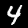
Digit: 4